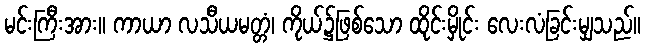
မင်းကြီးအား။ ကာယာ လသီယမတ္တံ၊ ကိုယ်၌ဖြစ်သော ထိုင်းမှိုင်း လေးလံခြင်းမျှသည်။